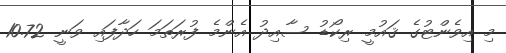
މި އިވެންޓުގެ ޤައުމީ ރިކޯޑު ސާއިދު އެންމެ ފުރަތަމަ ހަދާފައި ވަނީ 10.72